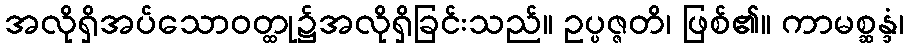
အလိုရှိအပ်သောဝတ္ထု၌အလိုရှိခြင်းသည်။ ဥပ္ပဇ္ဇတိ၊ ဖြစ်၏။ ကာမစ္ဆန္ဒံ၊